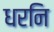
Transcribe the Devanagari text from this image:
धरनि